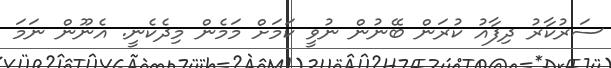
ސަރުކާރު ދިފާއު ކުރަން ބޭނުން ނުވީ ކަމަށް މަމެން މިދެކެނީ. އެނޫން ނަމަ